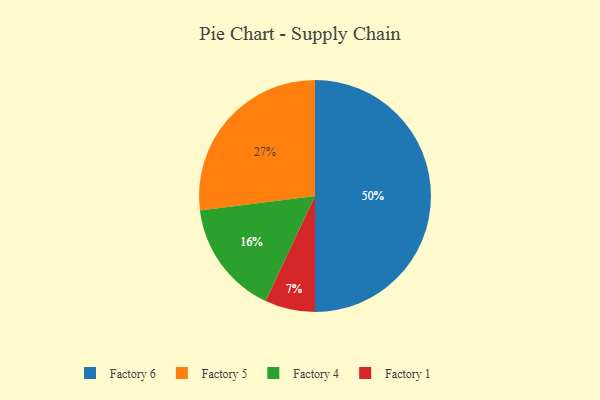
{"axis": {"x": "Category", "y": "Percentage"}, "legend": ["Factory 1", "Factory 4", "Factory 5", "Factory 6"], "data": [{"x": "Factory 6", "y": 50, "type": "Factory 6"}, {"x": "Factory 5", "y": 27, "type": "Factory 5"}, {"x": "Factory 4", "y": 16, "type": "Factory 4"}, {"x": "Factory 1", "y": 7, "type": "Factory 1"}]}